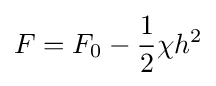
F=F_{0}-{\frac {1}{2}}\chi h^{2}